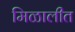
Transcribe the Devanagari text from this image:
मिळालीत